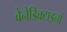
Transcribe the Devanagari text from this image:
बेनेडिक्टाइनों